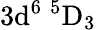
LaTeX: \mathrm{3d^{6}\ ^{5}D_{3}}